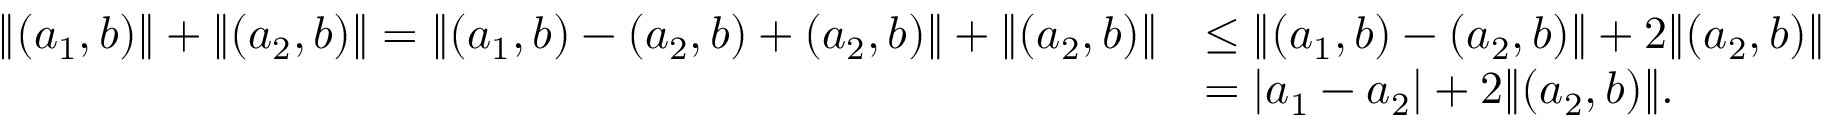
\begin{array} { r l } { \lVert ( a _ { 1 } , b ) \rVert + \lVert ( a _ { 2 } , b ) \rVert = \lVert ( a _ { 1 } , b ) - ( a _ { 2 } , b ) + ( a _ { 2 } , b ) \rVert + \lVert ( a _ { 2 } , b ) \rVert } & { \leq \lVert ( a _ { 1 } , b ) - ( a _ { 2 } , b ) \rVert + 2 \lVert ( a _ { 2 } , b ) \rVert } \\ & { = | a _ { 1 } - a _ { 2 } | + 2 \lVert ( a _ { 2 } , b ) \rVert . } \end{array}